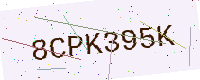
Text: 8CPK395K